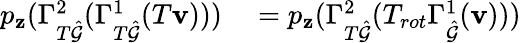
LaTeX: \begin{array}{rl}{p_{\mathbf{z}}(\Gamma_{T\hat{\mathcal{G}}}^{2}(\Gamma_{T\hat{\mathcal{G}}}^{1}(T\mathbf{v})))}&{{}=p_{\mathbf{z}}(\Gamma_{T\hat{\mathcal{G}}}^{2}(T_{rot}\Gamma_{\hat{\mathcal{G}}}^{1}(\mathbf{v})))}\end{array}